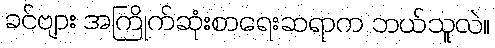
ခင်ဗျား အကြိုက်ဆုံးစာရေးဆရာက ဘယ်သူလဲ။